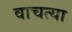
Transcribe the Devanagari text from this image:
वाचत्या